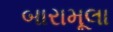
બારામૂલા